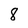
Character: 8